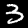
Digit: 3